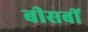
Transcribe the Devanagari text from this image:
बीसबीं